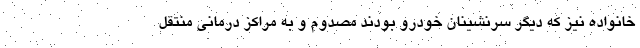
خانواده نیز که دیگر سرنشینان خودرو بودند مصدوم و به مراکز درمانی منتقل